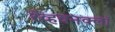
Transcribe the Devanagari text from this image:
रॅव्हवनक्लॉ